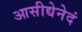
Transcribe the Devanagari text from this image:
आसीद्येनेदं